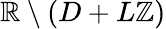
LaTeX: \mathbb{R}\setminus\left(D+L\mathbb{Z}\right)